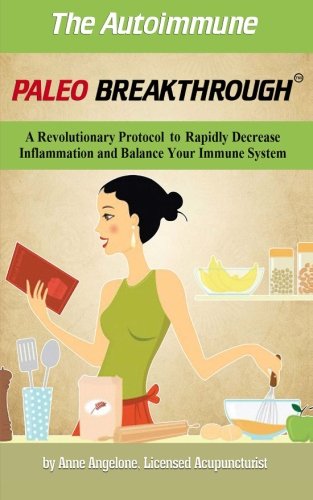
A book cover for The Autoimmune Paleo Breakthrough: A Revolutionary Protocol to Rapidly Decrease Inflammation and Balance Your Immune System; Anne Angelone; Health, Fitness & Dieting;